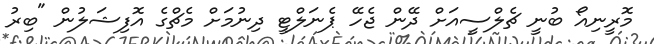
މޮރީނިއޯ ބުނީ ޗެލްސީއަށް ދޭން ޖެހޭ ޕެނަލްޓީ ދިނުމަށް މެޗްގެ އޮފިޝަލުން "ބިރު